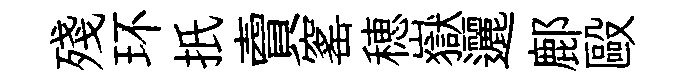
殘环扺𧶠窰穂嶽邐鄜毆